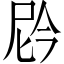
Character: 𫢩